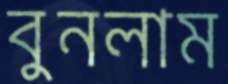
বুনলাম